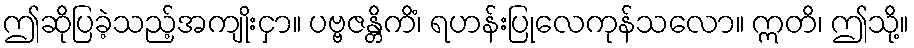
ဤဆိုပြခဲ့သည့်အကျိုးငှာ။ ပဗ္ဗဇန္တိကိံ၊ ရဟန်းပြုလေကုန်သလော။ ဣတိ၊ ဤသို့။